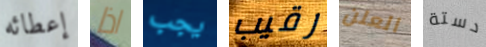
إعطائه اذا يجب رقيب العلن دستة